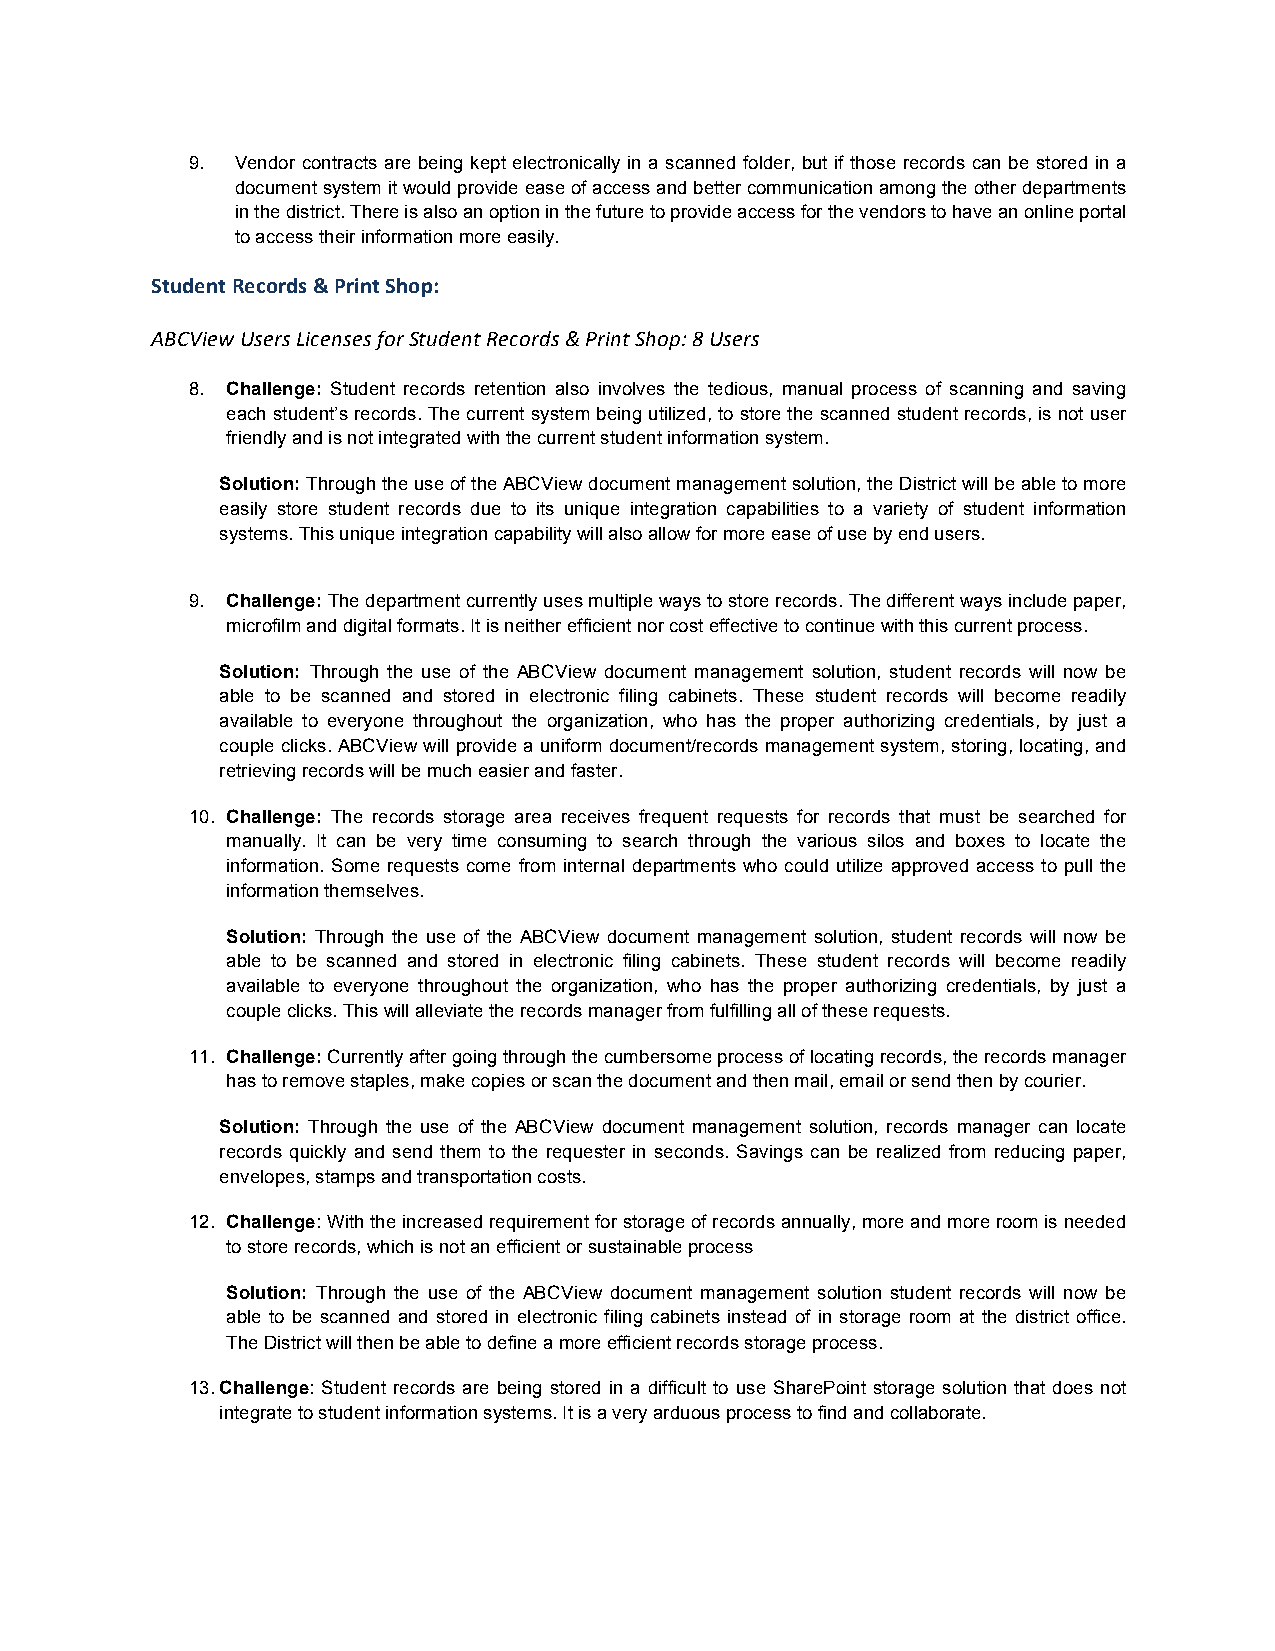
9.  Vendor contracts are being kept electronically in a scanned folder, but if those records can be stored in a
 document system it would provide ease of access and better communication among the other departments
 in the district. There is also an option in the future to provide access for the vendors to have an online portal
 to access their information more easily.
 Student Records & Print Shop:
 ABCView Users Licenses for Student Records & Print Shop: 8 Users
 8. Challenge: Student records retention also involves the tedious, manual process of scanning and saving
 each student’s records. The current system being utilized, to store the scanned student records, is not user
 friendly and is not integrated with the current student information system.
 Solution: Through the use of the ABCView document management solution, the District will be able to more
 easily store student records due to its unique integration capabilities to a variety of student information
 systems. This unique integration capability will also allow for more ease of use by end users.
 9. Challenge: The department currently uses multiple ways to store records. The different ways include paper,
 microfilm and digital formats. It is neither efficient nor cost effective to continue with this current process.
 Solution: Through the use of the ABCView document management solution, student records will now be
 able to be scanned and stored in electronic filing cabinets. These student records will become readily
 available to everyone throughout the organization, who has the proper authorizing credentials, by just a
 couple clicks. ABCView will provide a uniform document/records management system, storing, locating, and
 retrieving records will be much easier and faster.
 10. Challenge: The records storage area receives frequent requests for records that must be searched for
 manually. It can be very time consuming to search through the various silos and boxes to locate the
 information. Some requests come from internal departments who could utilize approved access to pull the
 information themselves.
 Solution: Through the use of the ABCView document management solution, student records will now be
 able to be scanned and stored in electronic filing cabinets. These student records will become readily
 available to everyone throughout the organization, who has the proper authorizing credentials, by just a
 couple clicks. This will alleviate the records manager from fulfilling all of these requests.
 11. Challenge: Currently after going through the cumbersome process of locating records, the records manager
 has to remove staples, make copies or scan the document and then mail, email or send then by courier.
 Solution: Through the use of the ABCView document management solution, records manager can locate
 records quickly and send them to the requester in seconds. Savings can be realized from reducing paper,
 envelopes, stamps and transportation costs.
 12. Challenge: With the increased requirement for storage of records annually, more and more room is needed
 to store records, which is not an efficient or sustainable process
 Solution: Through the use of the ABCView document management solution student records will now be
 able to be scanned and stored in electronic filing cabinets instead of in storage room at the district office.
 The District will then be able to define a more efficient records storage process.
 13. Challenge: Student records are being stored in a difficult to use SharePoint storage solution that does not
 integrate to student information systems. It is a very arduous process to find and collaborate.